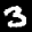
Label: 3